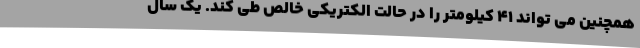
همچنین می تواند 41 کیلومتر را در حالت الکتریکی خالص طی کند. یک سال